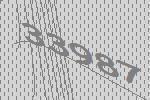
33987